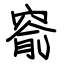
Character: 窬